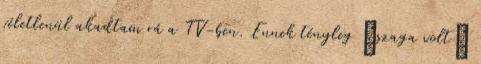
véletlenül akadtam rá a TV-ben. Ennek tényleg “szaga volt”